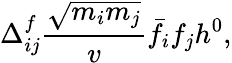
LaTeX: \Delta_{ij}^{f}\frac{\sqrt{m_{i}m_{j}}}{v}\bar{f}_{i}f_{j}h^{0},